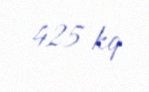
425 kq